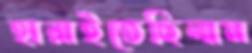
হারাইতেছিলাম